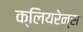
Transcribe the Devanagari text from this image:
क्लियरेन्स